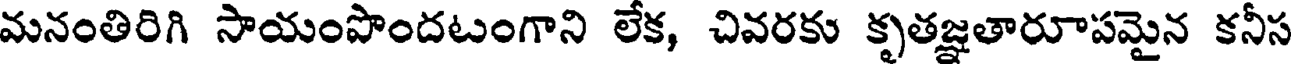
మనంతిరిగి సాయంపొందటంగాని లేక, చివరకు కృతజ్ఞతారూపమైన కనీస